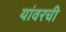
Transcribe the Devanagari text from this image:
यांवरची